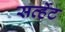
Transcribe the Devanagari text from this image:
सर्व्हेट